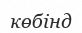
көбінд